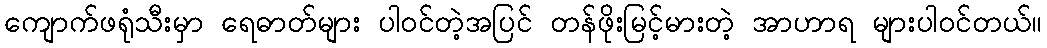
ကျောက်ဖရုံသီးမှာ ရေဓာတ်များ ပါဝင်တဲ့အပြင် တန်ဖိုးမြင့်မားတဲ့ အာဟာရ များပါဝင်တယ်။